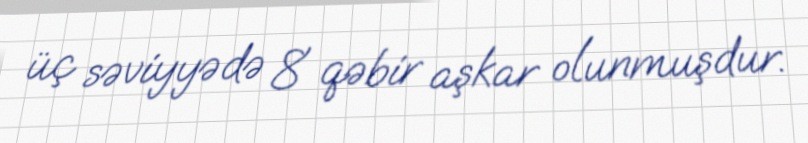
üç səviyyədə 8 qəbir aşkar olunmuşdur.